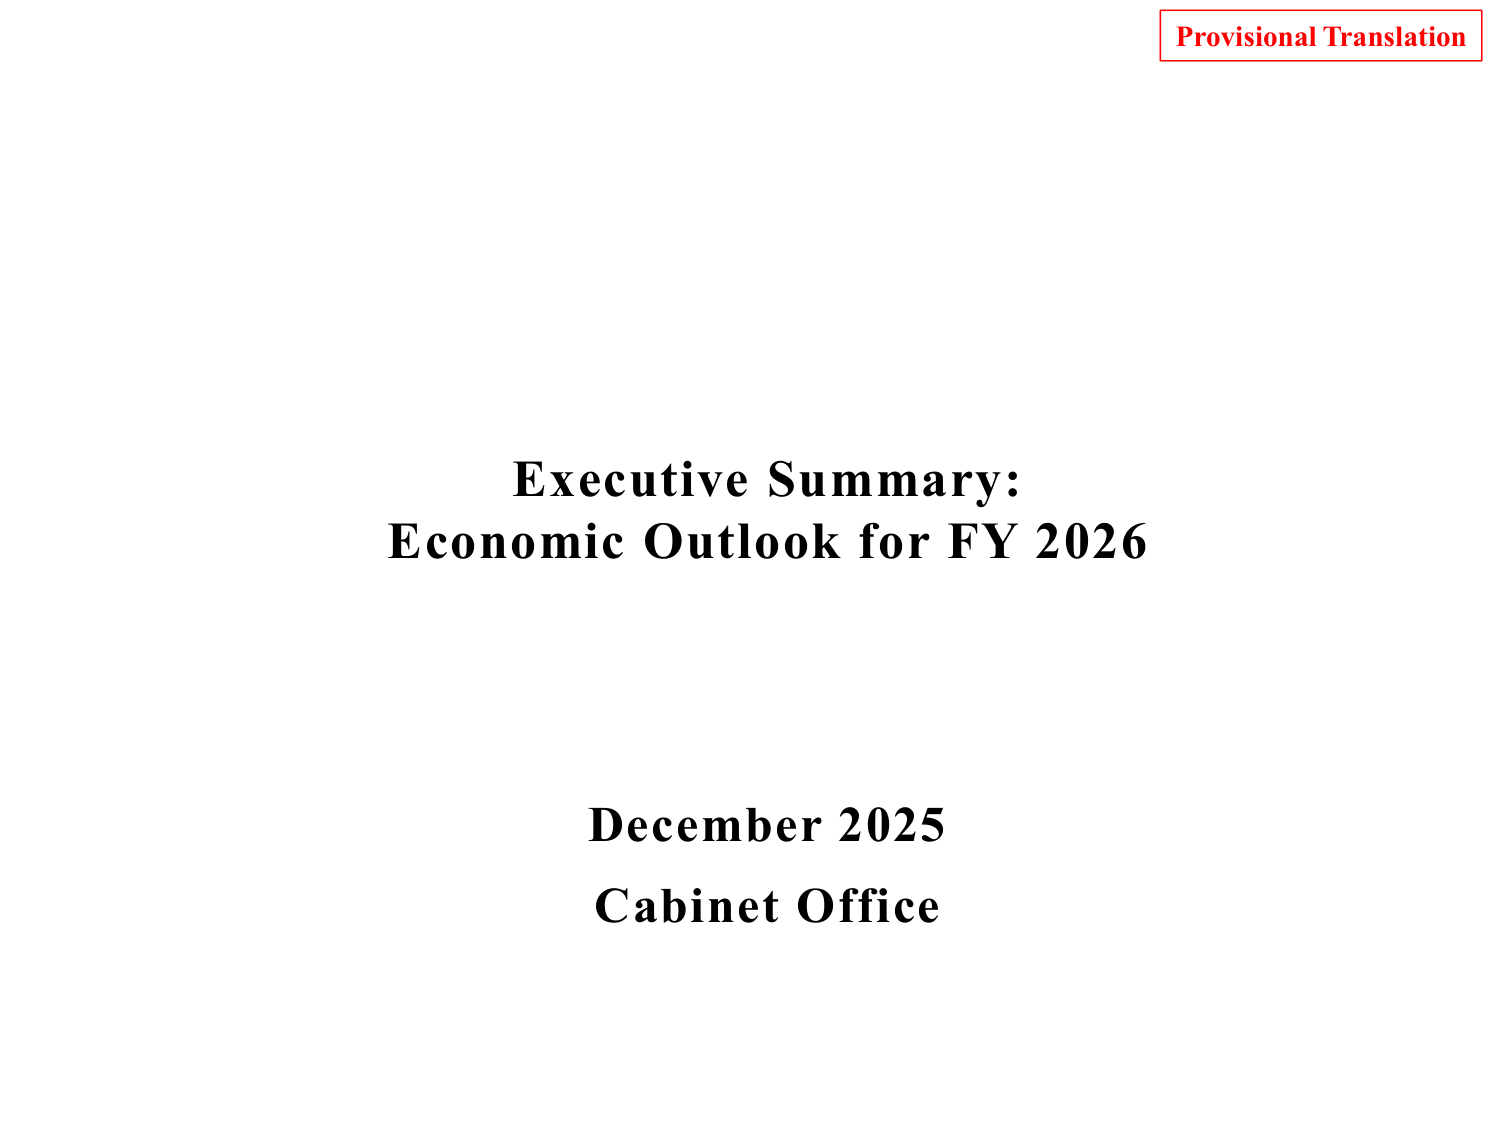
Provisional Translation
Executive Summary:
Economic Outlook for FY 2026
December 2025
Cabinet Office